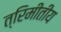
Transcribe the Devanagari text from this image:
त्रिमीतीय